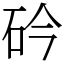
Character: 砛